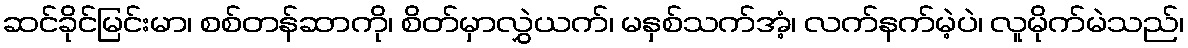
ဆင်ခိုင်မြင်းမာ၊ စစ်တန်ဆာကို၊ စိတ်မှာလွှဲယက်၊ မနှစ်သက်အံ့၊ လက်နက်မဲ့ပဲ၊ လူမိုက်မဲသည်၊